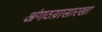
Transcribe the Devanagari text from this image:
अंगठय़ासारखा